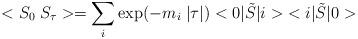
LaTeX: \begin{align*}<S_0 \; S_{\tau}> = \sum_i \exp(-m_i \; |\tau|) <0|\tilde S |i> \; <i|\tilde S |0>\end{align*}